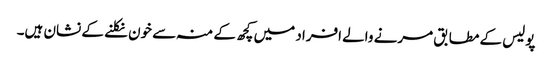
پولیس کے مطابق مرنے والے افراد میں کچھ کے منہ سے خون نکلنے کے نشان ہیں۔